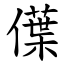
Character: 僷